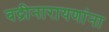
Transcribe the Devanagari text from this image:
बद्रीनारायणांना